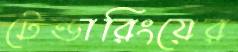
টেন্ডারিংয়ের